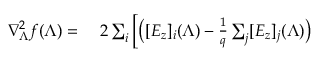
\begin{array} { r l } { \nabla _ { \boldsymbol { \Lambda } } ^ { 2 } f ( \boldsymbol { \Lambda } ) = } & { { } \; 2 \sum _ { i } \left[ \big ( [ E _ { z } ] _ { i } ( \boldsymbol { \Lambda } ) - \frac { 1 } { q } \sum _ { j } [ E _ { z } ] _ { j } ( \boldsymbol { \Lambda } ) \big ) \right. } \end{array}